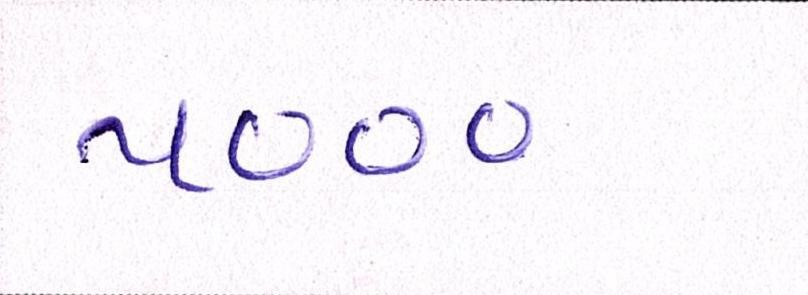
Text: ૫૦૦૦